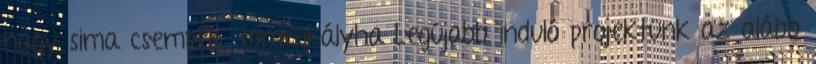
nagy sima csempék, tömegkályha Legújabb induló projektünk az alább